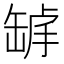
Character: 𦈾